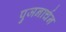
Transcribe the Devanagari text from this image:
पुजनार्चन